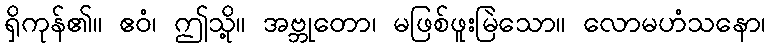
ရှိကုန်၏။ ဧဝံ၊ ဤသို့။ အဗ္ဘုတော၊ မဖြစ်ဖူးမြဲသော။ လောမဟံသနော၊